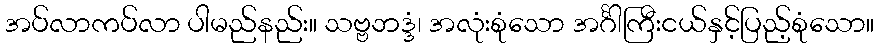
အပ်လာကပ်လာ ပါမည်နည်း။ သဗ္ဗဘဒ္ဒံ၊ အလုံးစုံသော အင်္ဂါကြီးငယ်နှင့်ပြည့်စုံသော။